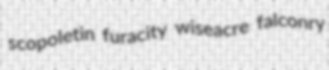
scopoletin furacity wiseacre falconry